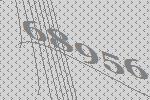
68956